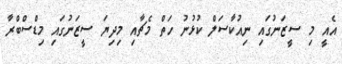
އެއީ މި ސީޒަނުގައި ނިއުކާސަލް ކުޅުނު ހަތް މެޗާއި މިދިޔަ ސީޒަނުގައި މިޑްސްބްރާ